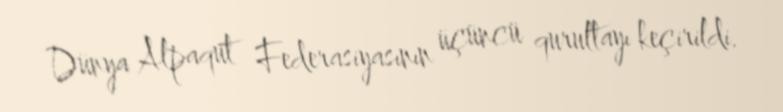
Dünya Alpaqut Federasiyasının üçüncü qurultayı keçirildi.